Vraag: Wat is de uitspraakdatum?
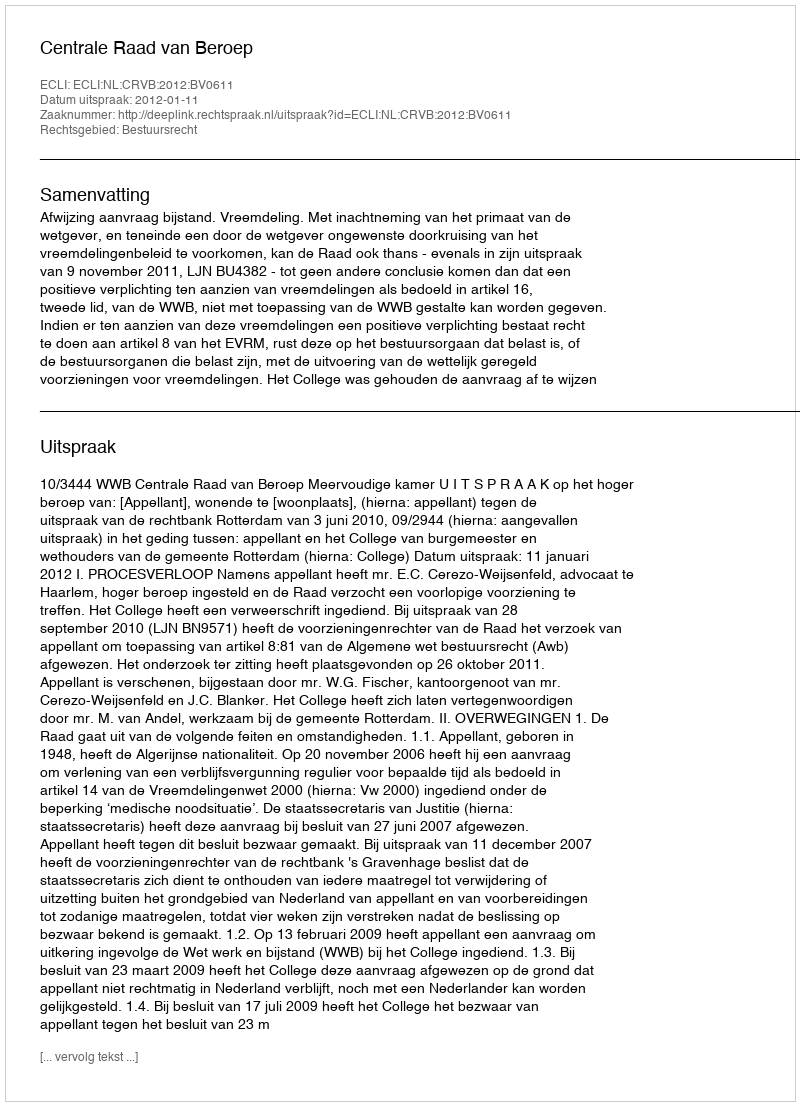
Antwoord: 2012-01-11